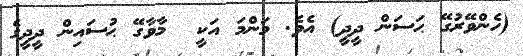
(ހެންވޭރުގޭ ޙަސަން ދީދީ) އެވެ. މަންމަ އަކީ  މާވާގޭ ޙުސައިން ދީދީގެ